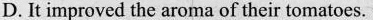
D. It improved the aroma of their tomatoes.